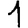
Digit: 1